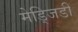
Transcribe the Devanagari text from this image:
मेड्जिडी